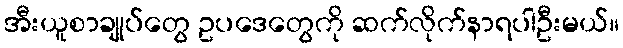
အီးယူစာချုပ်တွေ ဥပဒေတွေကို ဆက်လိုက်နာရပါဦးမယ်။